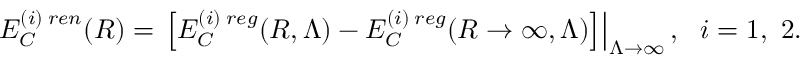
E _ { C } ^ { ( i ) \; r e n } ( R ) = \left. \left[ E _ { C } ^ { ( i ) \; r e g } ( R , \Lambda ) - E _ { C } ^ { ( i ) \; r e g } ( R \to \infty , \Lambda ) \right] \right| _ { \Lambda \to \infty } , ~ ~ i = 1 , ~ 2 .